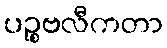
ပဉ္စဗလီကတာ